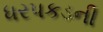
ધરપકડની